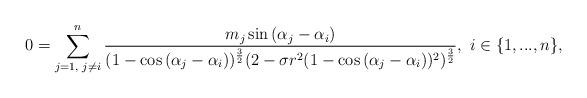
LaTeX: \begin{align*} 0=\sum\limits_{j=1,\textrm{ }j\neq i}^{n}\frac{m_{j}\sin{(\alpha_{j}-\alpha_{i})}}{(1-\cos{(\alpha_{j}-\alpha_{i})})^{\frac{3}{2}}(2-\sigma r^{2}(1-\cos{(\alpha_{j}-\alpha_{i})})^{2})^{\frac{3}{2}}},\textrm{ }i\in\{1,...,n\}, \end{align*}